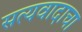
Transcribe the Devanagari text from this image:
सत्यवादाचा